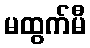
မထွက်မီ